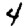
Digit: 4